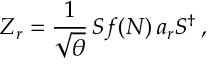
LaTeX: Z _ { r } = \frac { 1 } { \sqrt { \theta } } \, S f ( N ) \, a _ { r } S ^ { \dagger } \, ,